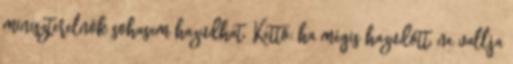
miniszterelnök sohasem hazudhat. Kettő: ha mégis hazudott, ne vallja